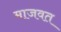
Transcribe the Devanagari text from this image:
माजवत